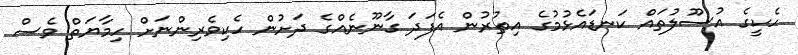
ހެކީގެ އުސޫލުތައް ކަނޑައެޅުމުގެ އިތުރުން އެފަދަ ގާނޫނެއްގެ ދަށުން ހެކިވެރިންނަށް ހިމާޔަތް ވެސް